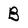
Character: B